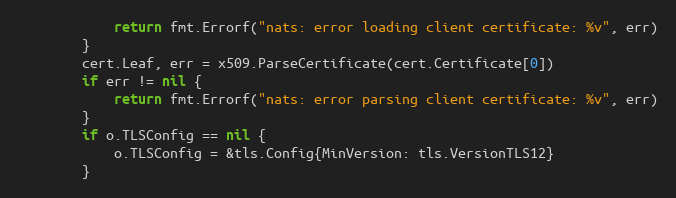
Language: Go
			return fmt.Errorf("nats: error loading client certificate: %v", err)
		}
		cert.Leaf, err = x509.ParseCertificate(cert.Certificate[0])
		if err != nil {
			return fmt.Errorf("nats: error parsing client certificate: %v", err)
		}
		if o.TLSConfig == nil {
			o.TLSConfig = &tls.Config{MinVersion: tls.VersionTLS12}
		}